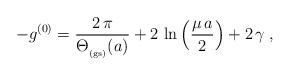
LaTeX: \begin{align*}- g^{(0)}=\frac{2 \, \pi}{ \Theta_{_{\rm (gs)}} (a) } +2 \, \ln \left( \frac{\mu \, a}{2} \right)+ 2 \, \gamma\; ,\end{align*}